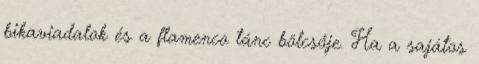
bikaviadalok és a flamenco tánc bölcsője. Ha a sajátos